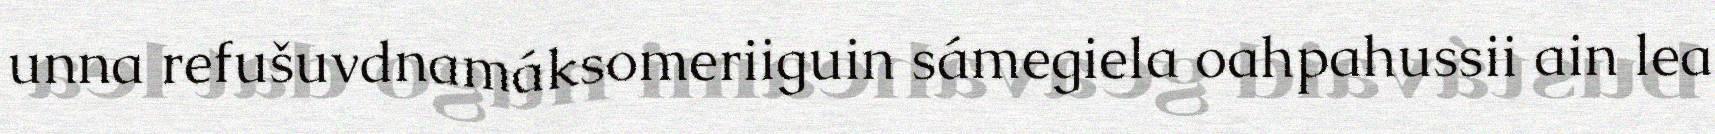
unna refušuvdnamáksomeriiguin sámegiela oahpahussii ain lea